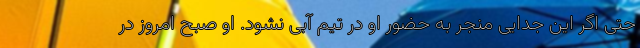
حتی اگر این جدایی منجر به حضور او در تیم آبی نشود. او صبح امروز در